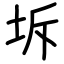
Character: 坼